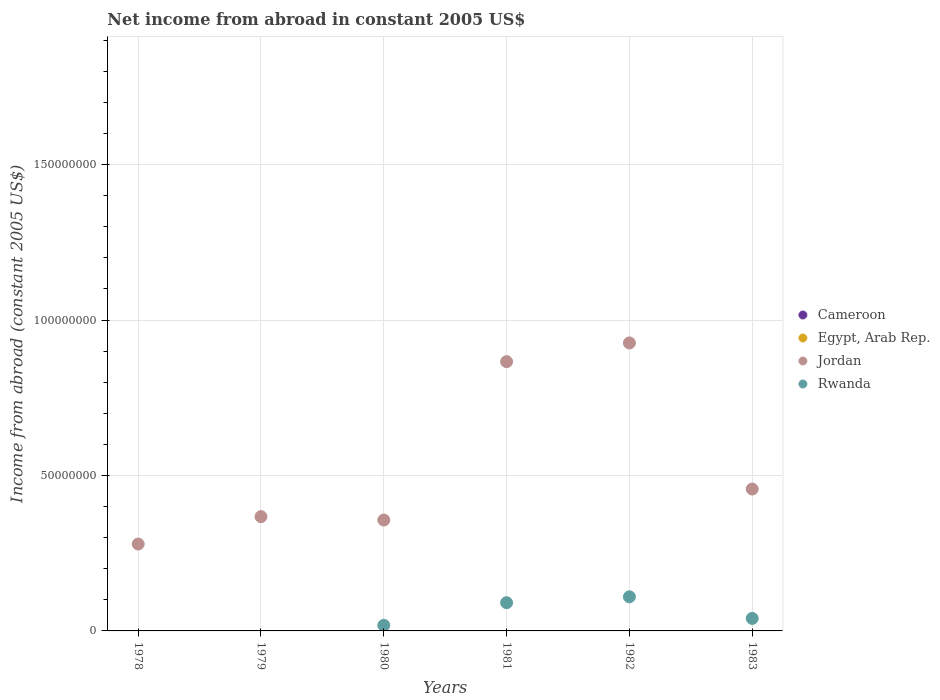
| Years | Cameroon | Egypt, Arab Rep. | Jordan | Rwanda |
 | --- | --- | --- | --- | --- |
 | 1978 | -3.77e+08 | -6.63e+08 | 2.79e+07 | -4.63e+06 |
 | 1979 | -3.36e+08 | -1.07e+09 | 3.68e+07 | -2.71e+06 |
 | 1980 | -1.12e+09 | -1.46e+09 | 3.57e+07 | 1.8e+06 |
 | 1981 | -7.65e+08 | -1.66e+09 | 8.66e+07 | 9.08e+06 |
 | 1982 | -4.47e+08 | -1.78e+09 | 9.26e+07 | 1.1e+07 |
 | 1983 | -4.31e+08 | -1.88e+09 | 4.56e+07 | 4.03e+06 |